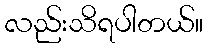
လည်းသိရပါတယ်။